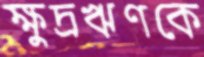
ক্ষুদ্রঋণকে